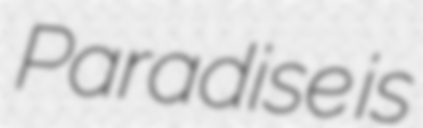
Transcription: Paradise is